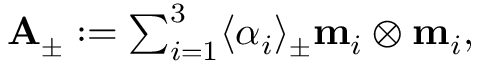
\begin{array} { r } { \mathbf { A } _ { \pm } : = \sum _ { i = 1 } ^ { 3 } \langle \alpha _ { i } \rangle _ { \pm } \mathbf { m } _ { i } \otimes \mathbf { m } _ { i } , } \end{array}